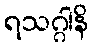
ရသဂ္ဂါနိ